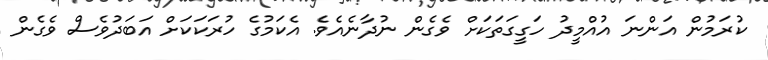
ކުރަމުން އަންނަ އުއްމީދު ހަގީގަތަކަށް ވެގެން ނުދާނެއެވެ. އެކަމުގެ ހުރަކަކަށް އަބަދުވެސް ވެގެން